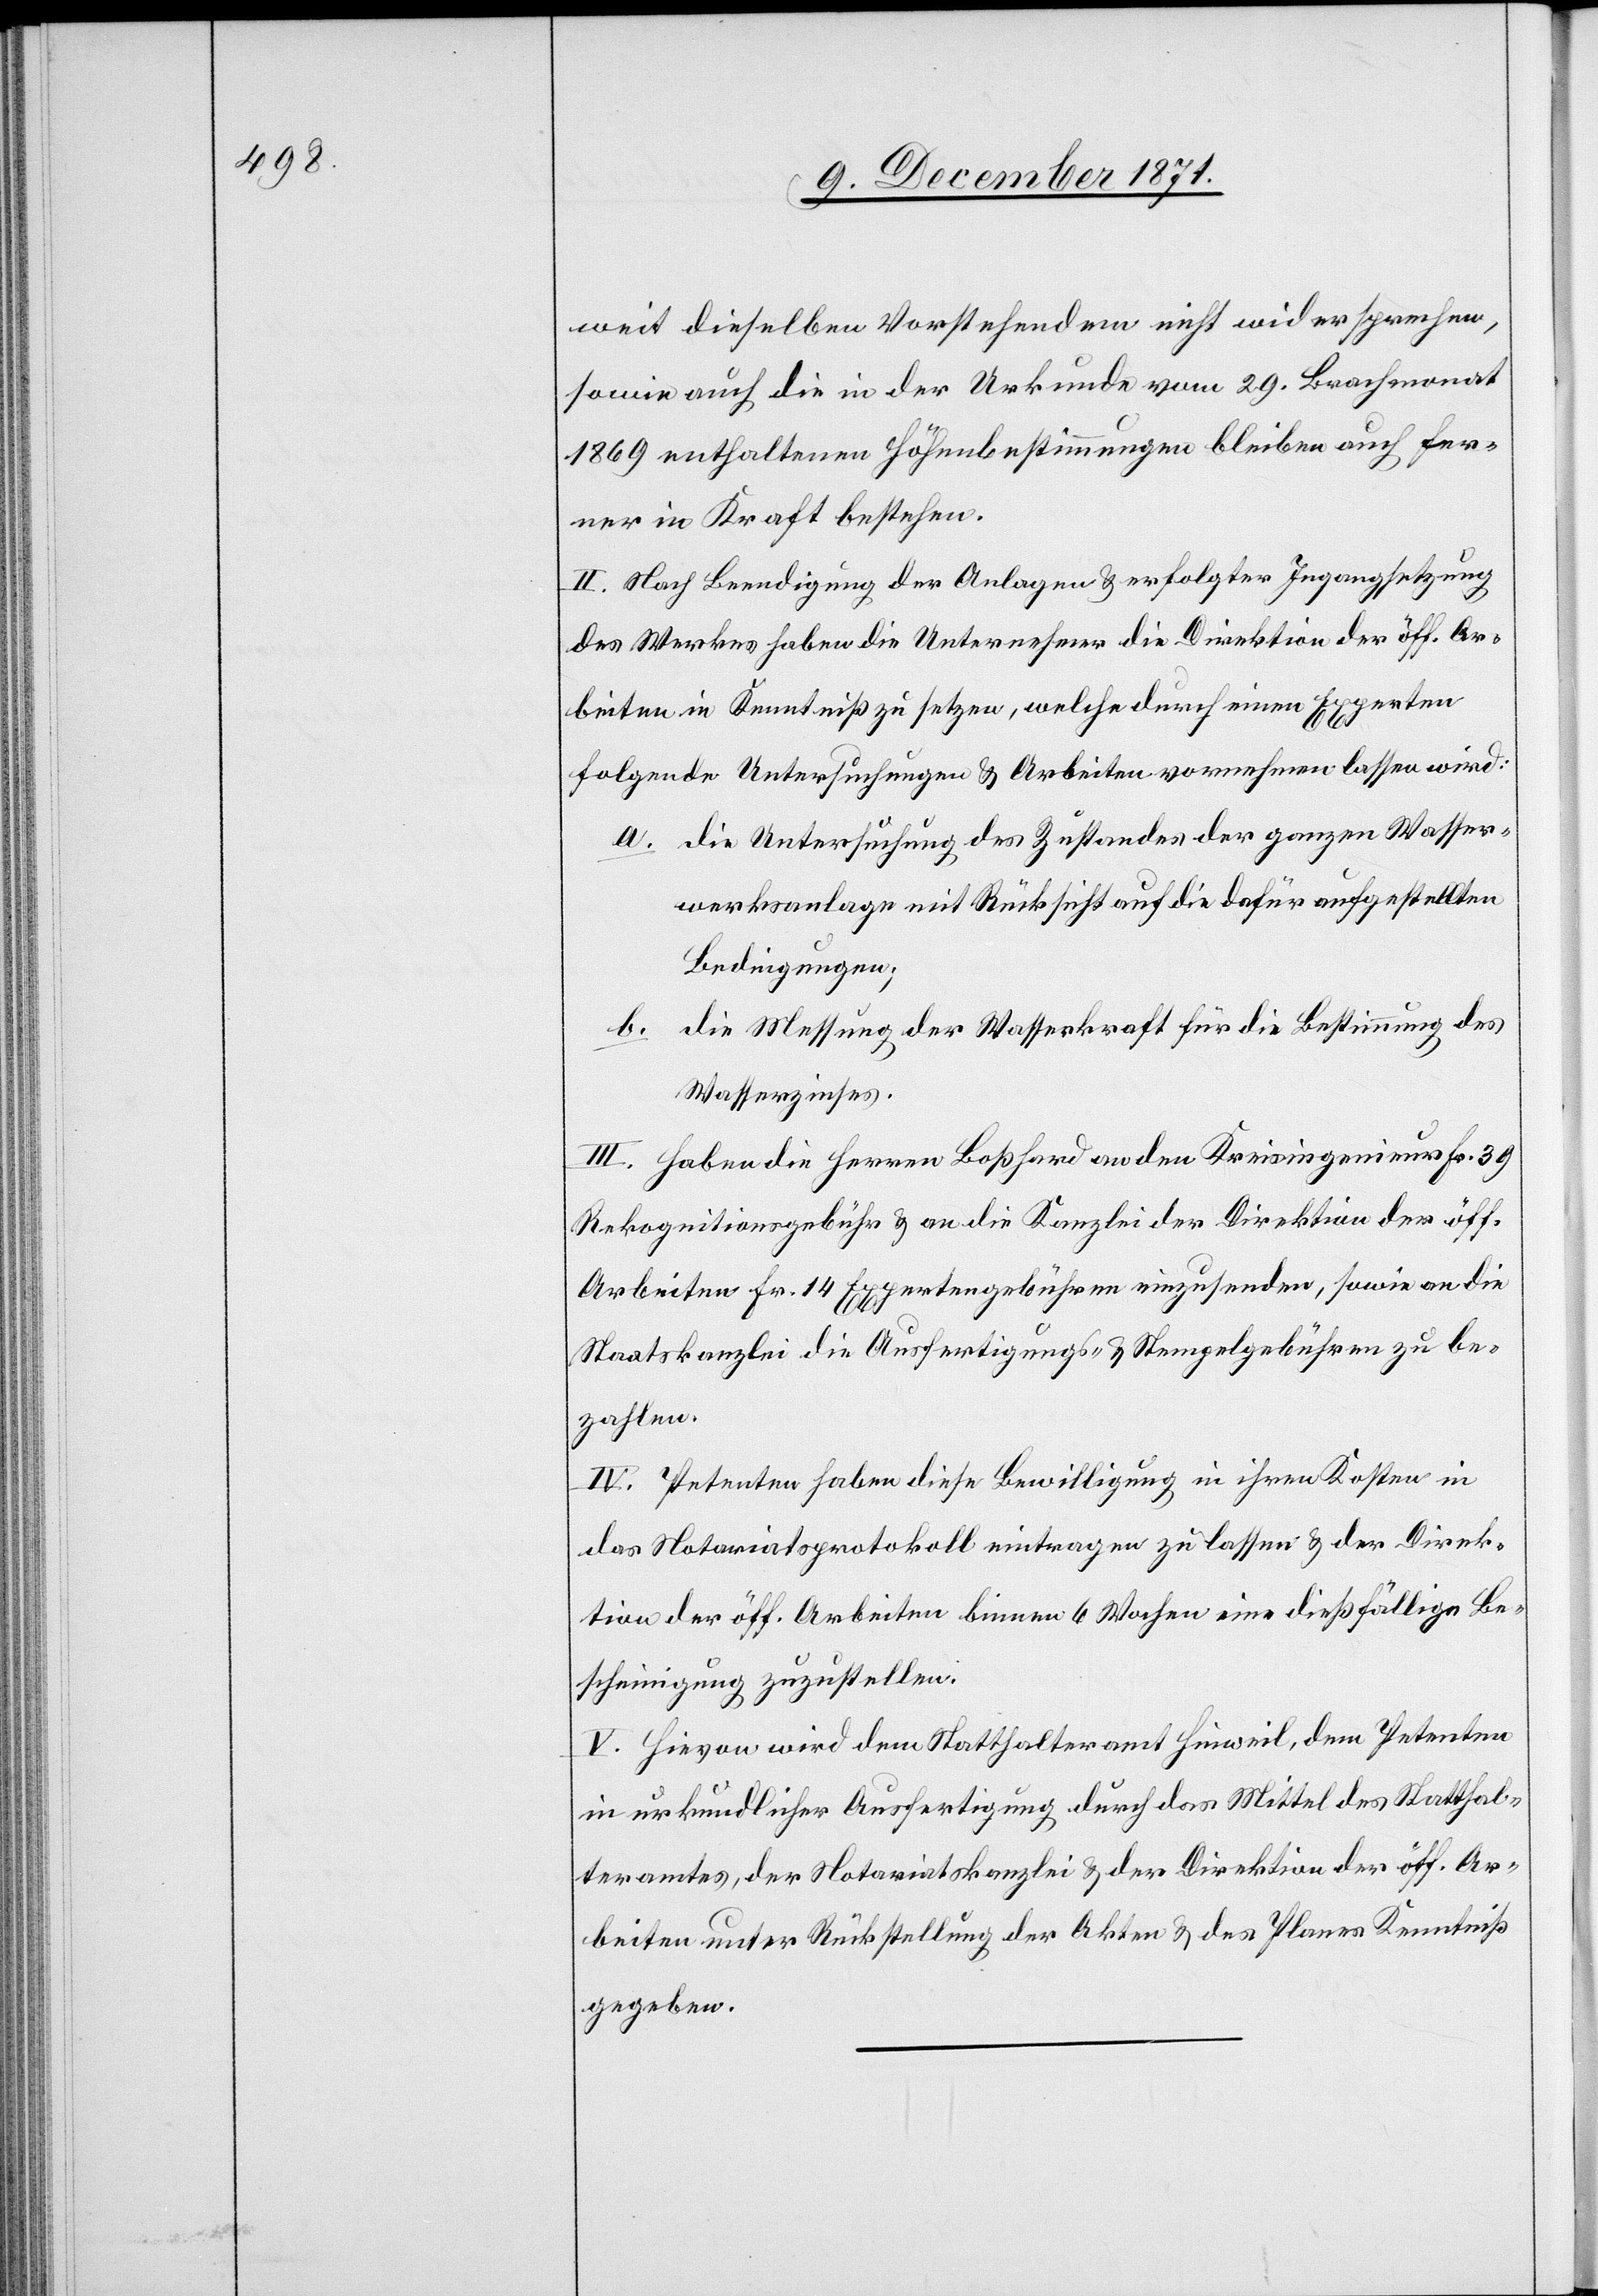
weit dieselben Vorstehenden nicht widersprechen,
sowie auch die in der Urkunde vom 29. Brachmonat
1869 enthaltenen Höhenbestimmungen bleiben auch fer¬
ner in Kraft bestehen.
II. Nach Beendigung der Anlagen & erfolgter Ingangsetzung
des Werkes haben die Unternehmer die Direktion der öff. Ar¬
beiten in Kenntniß zu setzen, welche durch einen Experten
folgende Untersuchungen & Arbeiten vornehmen lassen wird:
a. die Untersuchung des Zustandes der ganzen Wasser¬
werksanlage mit Rücksicht auf die dafür aufgestellten
Bedingungen;
b. die Messung der Wasserkraft für die Bestimmung des
Wasserzinses.
III. Haben die Herren Boßhard an den Kreisingenieur Fr. 39
Rekognitionsgebühr & an die Kanzlei der Direktion der öff.
Arbeiten Fr. 14 Expertengebühren einzusenden, sowie an die
Staatskanzlei die Ausfertigungs- & Stempelgebühren zu be¬
zahlen.
IV. Petenten haben diese Bewilligung in ihren Kosten in
das Notariatsprotokoll eintragen zu lassen & der Direk¬
tion der öff. Arbeiten binnen 6 Wochen eine dießfällige Be¬
scheinigung zuzustellen.
V. Hievon wird dem Statthalteramt Hinweil, dem Petenten
in urkundlicher Ausfertigung durch das Mittel des Statthal¬
teramtes, der Notariatskanzlei & der Direktion der öff. Ar¬
beiten unter Rückstellung der Akten & des Planes Kenntniß
gegeben.